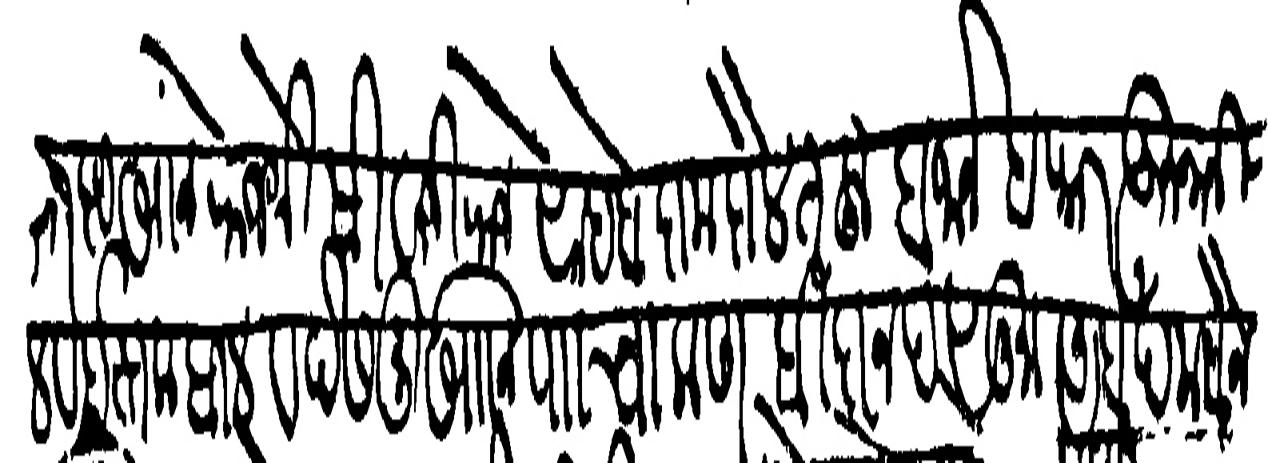
Transliteration (Devanagari): अजरख्तखाने राजश्री सीवाजी राजे साहेब दामदौलतहू बजानेव कारकुनानि हाल व इस्तकबाल व देसमुखानि पाा चाकण विदानद सुाा अर्बा खमसैन